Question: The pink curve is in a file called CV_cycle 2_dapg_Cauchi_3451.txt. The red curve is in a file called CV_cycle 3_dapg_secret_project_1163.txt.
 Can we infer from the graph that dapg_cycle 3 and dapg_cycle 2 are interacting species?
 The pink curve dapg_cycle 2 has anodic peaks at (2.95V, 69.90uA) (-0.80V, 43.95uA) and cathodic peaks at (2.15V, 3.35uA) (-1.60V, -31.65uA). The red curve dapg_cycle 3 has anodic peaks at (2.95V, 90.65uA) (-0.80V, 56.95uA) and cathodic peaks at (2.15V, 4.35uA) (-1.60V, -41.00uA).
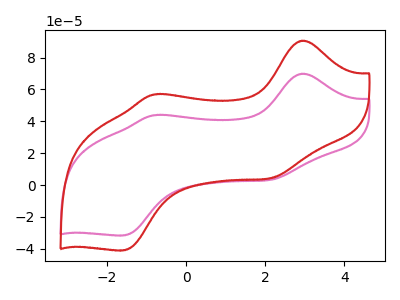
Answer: <think>All the peaks in "dapg_cycle 3" have a peak in "dapg_cycle 2" at the same potential.
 </think>
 <answer>No, "dapg_cycle 3" and "dapg_cycle 2" don't appear to be significantly different in shape</answer>
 <eval>no_change</eval>